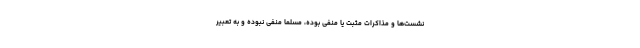
نشست‌ها و مذاکرات مثبت یا منفی بوده، مسلماً منفی نبوده و به تعبیر